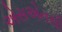
એસએનસી